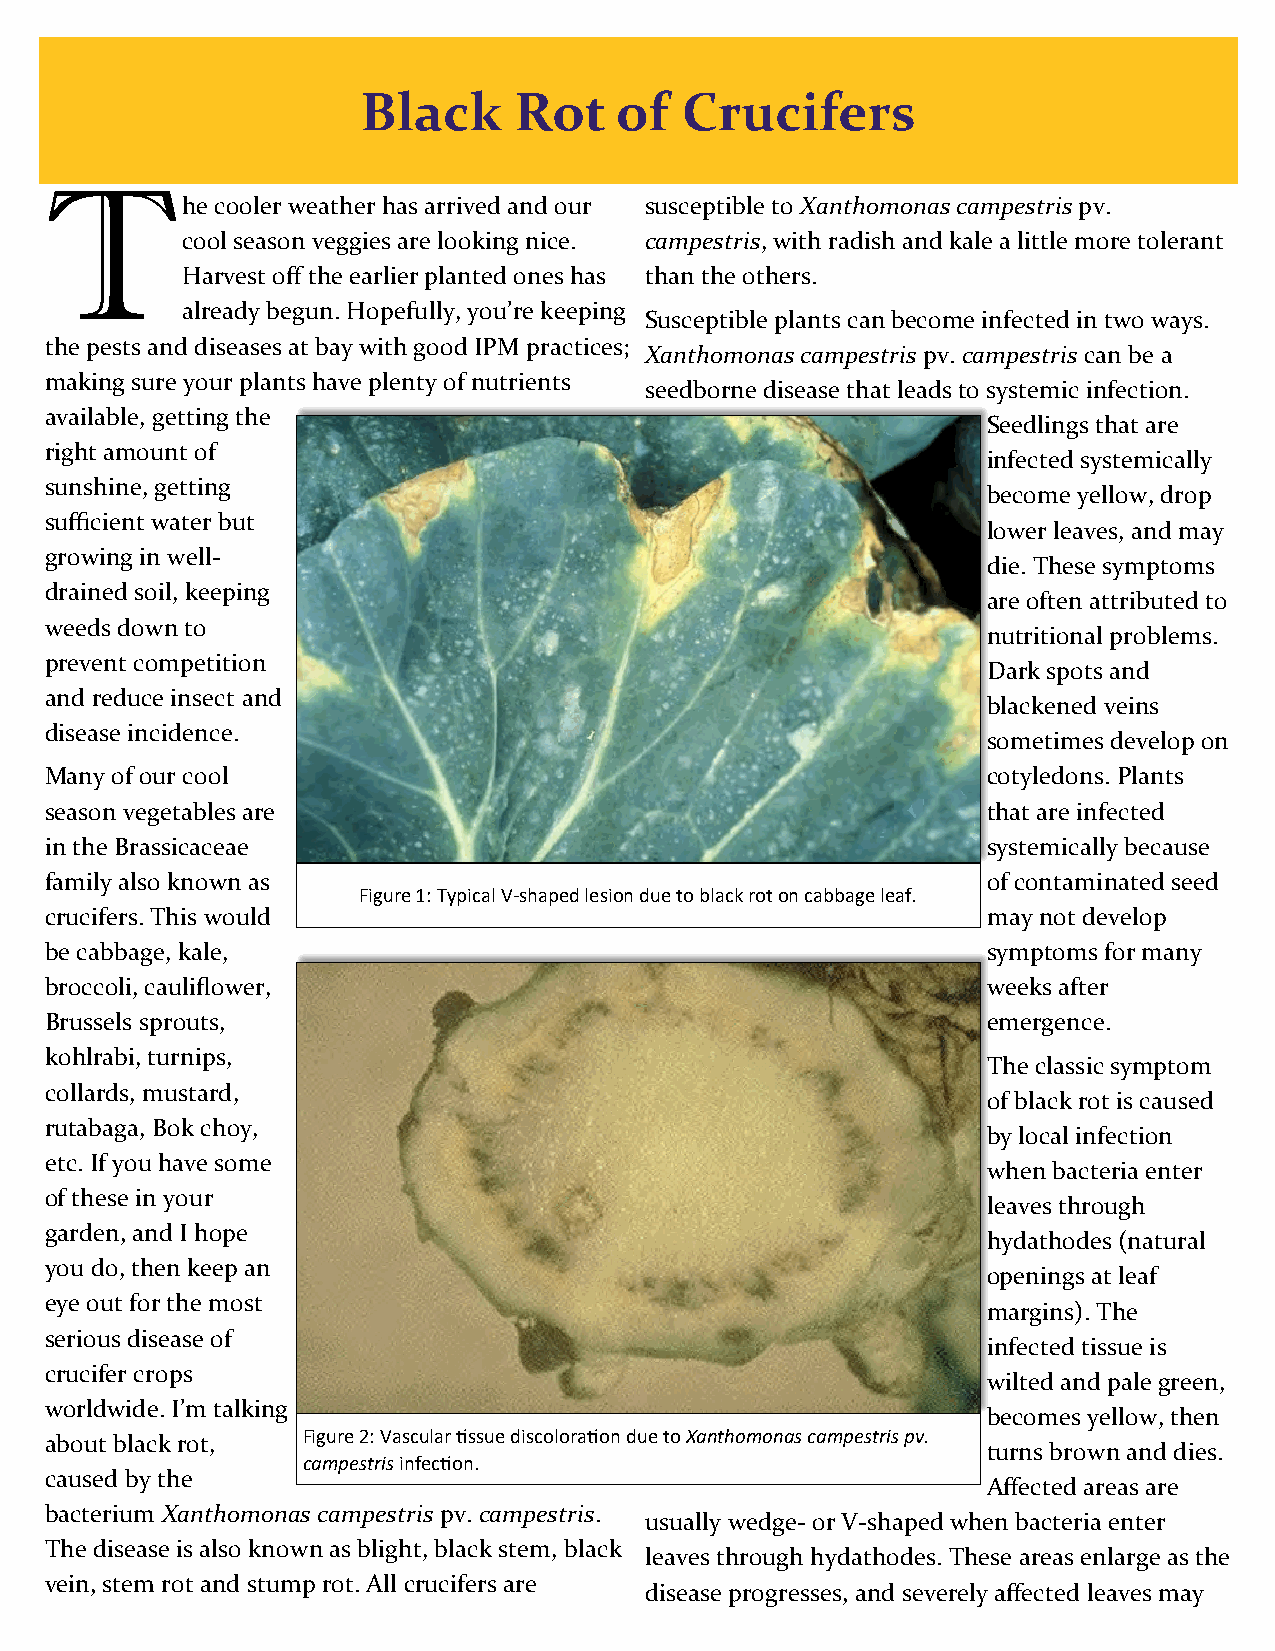
Black     Rot    of  Crucifers
 T
 he cooler weather has arrived and our susceptible to Xanthomonas campestris pv.
 cool season veggies are looking nice. campestris, with radish and kale a little more tolerant
 Harvest off the earlier planted ones has than the others.
 already begun. Hopefully, you’re keeping
 Susceptible plants can become infected in two ways.
 the pests and diseases at bay with good IPM practices;
 Xanthomonas campestris pv. campestris can be a
 making sure your plants have plenty of nutrients
 seedborne disease that leads to systemic infection.
 available, getting the
 Seedlings that are
 right amount of
 infected systemically
 sunshine, getting
 become yellow, drop
 sufficient water but
 lower leaves, and may
 growing in well-
 die. These symptoms
 drained soil, keeping
 are often attributed to
 weeds down to
 nutritional problems.
 prevent competition
 Dark spots and
 and reduce insect and
 blackened veins
 disease incidence.
 sometimes develop on
 Many of our cool                                              cotyledons. Plants
 season vegetables are                                         that are infected
 in the Brassicaceae                                           systemically because
 family also known as                                          of contaminated seed
 Figure 1: Typical V-shaped lesion due to black rot on cabbage leaf.
 crucifers. This would                                         may not develop
 be cabbage, kale,                                             symptoms for many
 broccoli, cauliflower,                                        weeks after
 Brussels sprouts,                                             emergence.
 kohlrabi, turnips,
 The classic symptom
 collards, mustard,
 of black rot is caused
 rutabaga, Bok choy,
 by local infection
 etc. If you have some
 when bacteria enter
 of these in your
 leaves through
 garden, and I hope
 hydathodes (natural
 you do, then keep an
 openings at leaf
 eye out for the most
 margins). The
 serious disease of
 infected tissue is
 crucifer crops
 wilted and pale green,
 worldwide. I’m talking
 becomes yellow, then
 about black rot, Figure 2: Vascular tissue discoloration due to Xanthomonas campestris pv.
 turns brown and dies.
 campestris infection.
 caused by the
 Affected areas are
 bacterium Xanthomonas campestris pv. campestris.
 usually wedge- or V-shaped when bacteria enter
 The disease is also known as blight, black stem, black
 leaves through hydathodes. These areas enlarge as the
 vein, stem rot and stump rot. All crucifers are
 disease progresses, and severely affected leaves may